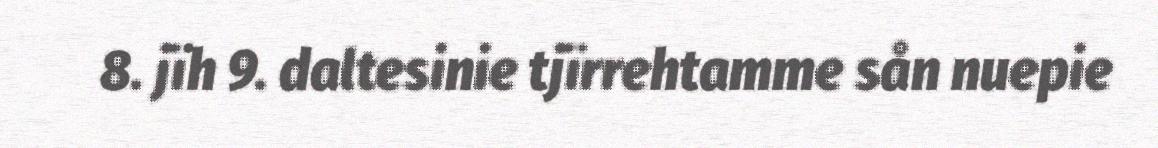
8. jïh 9. daltesinie tjïrrehtamme sån nuepie